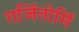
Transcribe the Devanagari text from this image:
गर्जितोर्मि